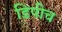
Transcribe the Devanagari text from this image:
डिपीच